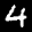
Label: 4